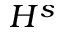
H ^ { s }